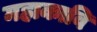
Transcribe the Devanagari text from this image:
महाकावि